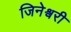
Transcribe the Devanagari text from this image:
जिनेश्वरी